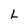
Character: L